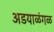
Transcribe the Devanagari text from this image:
अडयाळंगळ